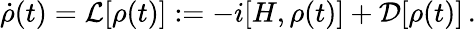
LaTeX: \dot{\rho}(t)=\mathcal{L}[\rho(t)]:=-i[H,\rho(t)]+\mathcal{D}[\rho(t)]\, .